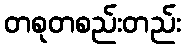
တစုတစည်းတည်း